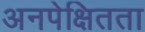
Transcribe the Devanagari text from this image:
अनपेक्षितता